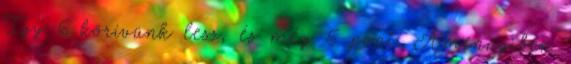
Így 6 körívünk lesz, és még 5 pont. Amennyiben